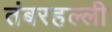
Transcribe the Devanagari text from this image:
तंबरहल्ली